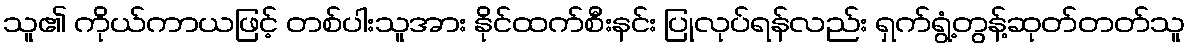
သူ၏ ကိုယ်ကာယဖြင့် တစ်ပါးသူအား နိုင်ထက်စီးနင်း ပြုလုပ်ရန်လည်း ရှက်ရွံ့တွန့်ဆုတ်တတ်သူ